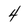
Character: 4